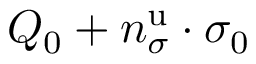
Q _ { 0 } + n _ { \sigma } ^ { \mathrm { u } } \cdot \sigma _ { 0 }